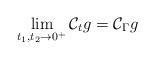
LaTeX: \begin{align*}\lim_{t_1,t_2\rightarrow0^+}\mathcal C_tg=\mathcal C_\Gamma g\end{align*}